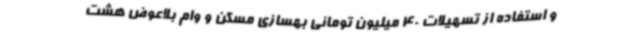
و استفاده از تسهیلات 40 میلیون تومانی بهسازی مسکن و وام بلاعوض هشت